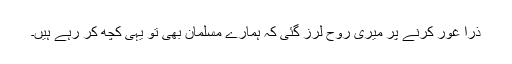
ذرا غور کرنے پر میری روح لرز گئی کہ ہمارے مسلمان بھی تو یہی کچھ کر رہے ہیں۔